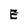
Character: E